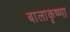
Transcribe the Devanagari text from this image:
बालाकृष्णा